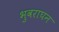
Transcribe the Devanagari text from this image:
भुवराघन